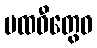
ပထဝီတွေဝ